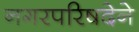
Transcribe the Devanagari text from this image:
नगरपरिषदेने